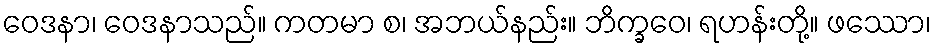
ဝေဒနာ၊ ဝေဒနာသည်။ ကတမာ စ၊ အဘယ်နည်း။ ဘိက္ခဝေ၊ ရဟန်းတို့။ ဖဿော၊